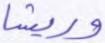
وريشا